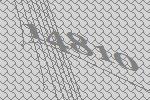
14810